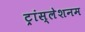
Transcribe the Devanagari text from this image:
ट्रांस्लेशनम